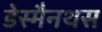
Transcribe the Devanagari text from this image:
डेस्मैनथस